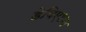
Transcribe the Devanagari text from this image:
डेविएशन